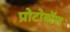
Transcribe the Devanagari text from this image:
प्रोटोवॉल